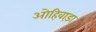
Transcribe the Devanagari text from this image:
ओहिवाड़ा